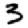
Digit: 3